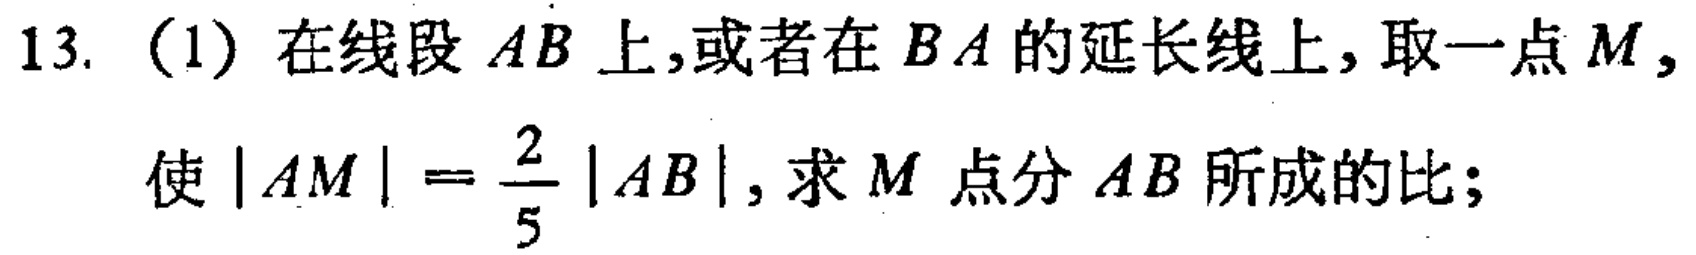
13. (1) 在线段 \(AB\) 上,或者在 \(BA\) 的延长线上, 取一点 \(M\), 使 \(|AM|=\frac{2}{5}|AB|\), 求 \(M\) 点分 \(AB\) 所成的比;